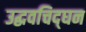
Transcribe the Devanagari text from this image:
उद्धवचिद्‌घन